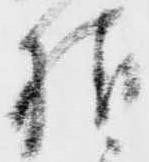
様